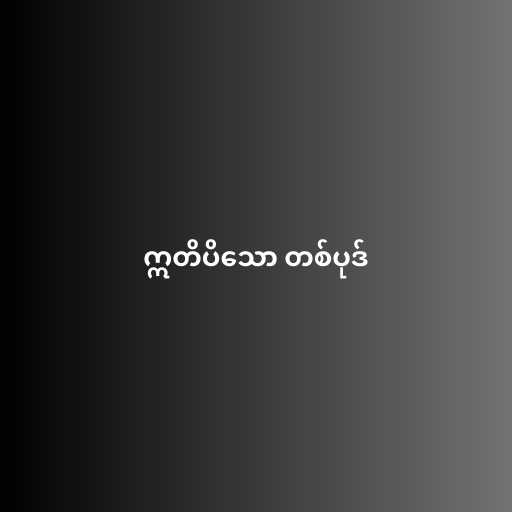
ဣတိပိသော တစ်ပုဒ်